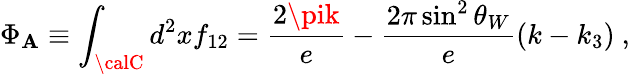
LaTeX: \Phi_{\mathbf{A}}\equiv\int_{\calC}d^{2}xf_{12}=\frac{{2\pik}}{{e}}-\frac{{2\pi\sin^{2}\theta_{W}}}{{e}}(k-k_{3})~,